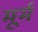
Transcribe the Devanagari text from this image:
मूर्म